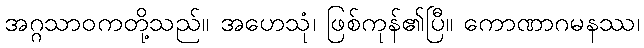
အဂ္ဂသာဝကတို့သည်။ အဟေသုံ၊ ဖြစ်ကုန်၏ပြီ။ ကောဏာဂမနဿ၊